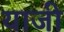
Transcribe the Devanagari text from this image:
याजी